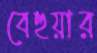
বেহুয়ার